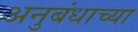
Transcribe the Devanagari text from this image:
अनुबंधाच्या